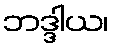
ဘဒ္ဒါယ၊